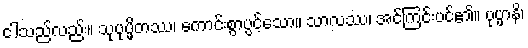
ငါသည်လည်း။ သုပုပ္ဖိတဿ၊ ကောင်းစွာပွင့်သော။ သာလဿ၊ အင်ကြင်းပင်၏။ ပုပ္ဖာနိ၊